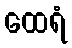
ထေရံ